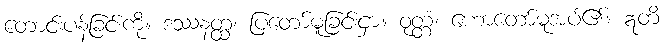
တောင်းပန်ခြင်းကို။ ဒဿနတ္ထံ၊ ပြတော်မူခြင်းငှာ။ ဝုတ္တံ၊ ဟောတော်မူအပ်၏။ ဣတိ